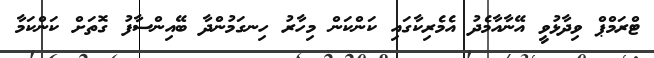
ޓްރަމްޕް ވިދާޅުވީ އޭނާއާމެދު އެމެރިކާގައި ކަންކަން މިހާރު ހިނގަމުންދާ ބޭއިންސާފު ގޮތަށް ކަންކަމާ